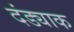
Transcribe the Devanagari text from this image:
दंड्याक